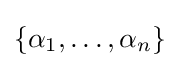
\{\alpha _{1},\dots ,\alpha _{n}\}